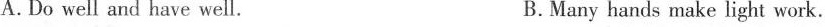
A.Do well and have well. B.Many hands make light work.